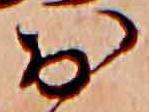
お